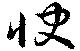
快